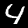
Digit: 4